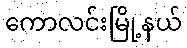
ကောလင်းမြို့နယ်